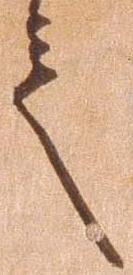
言